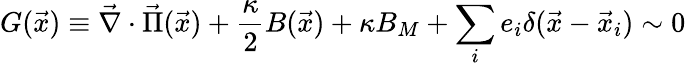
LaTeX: G(\vec{x})\equiv\vec{\nabla}\cdot\vec{\Pi}(\vec{x})+\frac{\kappa}{2}B(\vec{x})+\kappa B_{M}+\sum_{i}e_{i}\delta(\vec{x}-\vec{x}_{i})\sim 0